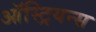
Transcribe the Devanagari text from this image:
ऑस्ट्रियन्स